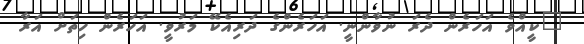
"ކީއްވެ އަހަރެން ދެރަ ނުވާންނީ. އަހަރެންގެ ދަރިއެކޭ މަރުވީ. އަހަރެން ހިތަށް އަރާ